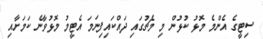
ސިޓީގެ އެންމެ މޮޅު ކުޅުން މި މެޗުގައި ދައްކައިފިނަމަ އެޓީމު މޮޅުވާނެ ކަމަށާއި